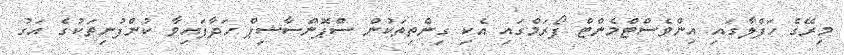
މިރޭގެ ހަފްލާގައި އިންވެސްޓްމެންޓް ފޯރަމްގައި އެކި ގިންތިތަކުން ސްޕޮންސާޝިޕް ހަދާފައިވާ ކުންފުނިތަކުގެ އަގު